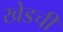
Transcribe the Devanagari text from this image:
खेडची